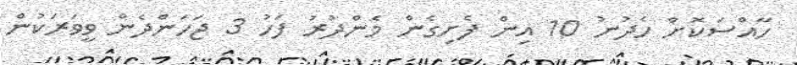
ހާއްސަކޮށް ހެދުނު 10 އިން ފެށިގެން މެންދުރު ފަހު 3 ޖަހަންދެން ވީވަރަކުން